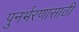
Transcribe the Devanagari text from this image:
पुनर्भरणासाठी